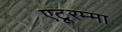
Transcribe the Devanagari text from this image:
एटूरम्मा